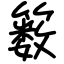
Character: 䉤